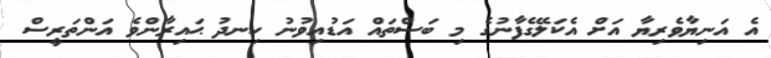
އެ އަނިޔާވެރިޔާ އަށް އެކަލޭގެފާނުގެ މި ބަސްތައް އަޑުއިވުނު ހިނދު ޙައިރާންވެ އަންތަރީސް